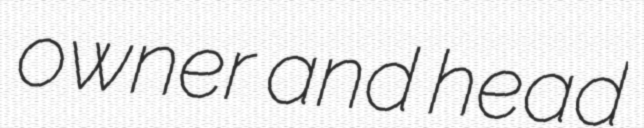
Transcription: owner and head